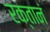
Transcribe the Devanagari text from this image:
रक्तानं